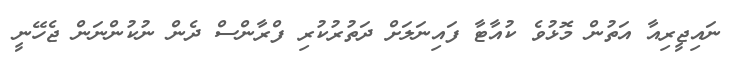
ނައިޖީރިއާ އަތުން މޮޅުވެ ކުއާޓާ ފައިނަލަށް ދަތުރުކުރި ފްރާންސް ދެން ނުކުންނަން ޖެހޭނީ